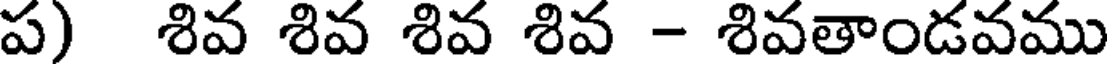
ప) శివ శివ శివ శివ - శివతాండవము